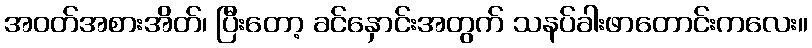
အဝတ်အစားအိတ်၊ ပြီးတော့ ခင်နှောင်းအတွက် သနပ်ခါးဖာတောင်းကလေး။